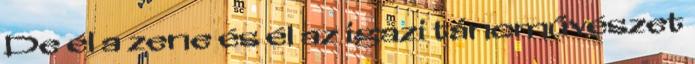
De él a zene és él az igazi táncművészet